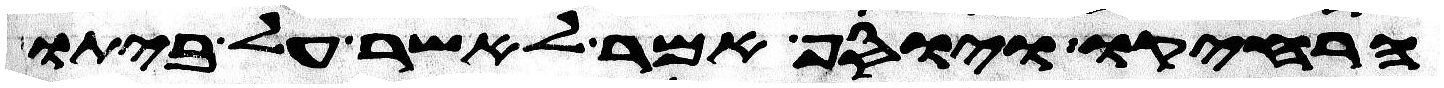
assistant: הרחיקו ויוסף אמר לאשר על ביתו